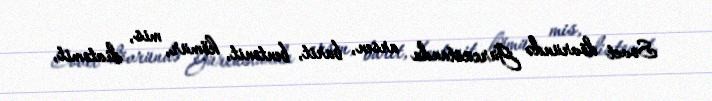
Sovet dövründə Gürcüstanda arsen, barit, bentonit, kömür, mis, diatomit,